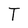
Character: T